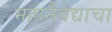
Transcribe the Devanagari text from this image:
महानैवेद्याचा